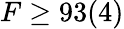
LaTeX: F\ge 93(4)